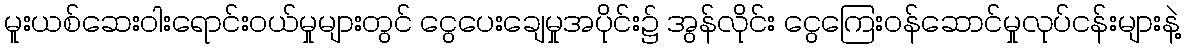
မူးယစ်ဆေးဝါးရောင်းဝယ်မှုများတွင် ငွေပေးချေမှုအပိုင်း၌ အွန်လိုင်း ငွေကြေးဝန်ဆောင်မှုလုပ်ငန်းများနဲ့